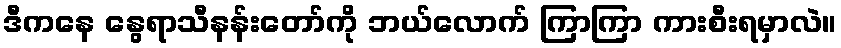
ဒီကနေ နွေရာသီနန်းတော်ကို ဘယ်လောက် ကြာကြာ ကားစီးရမှာလဲ။